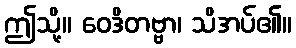
ဤသို့။ ဝေဒိတဗ္ဗာ၊ သိအပ်၏။